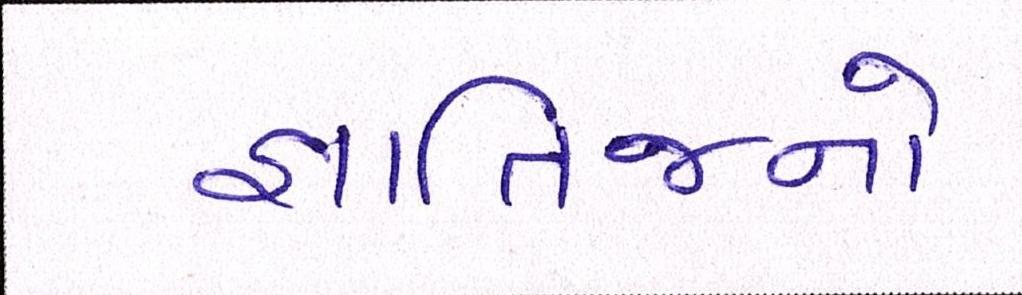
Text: જ્ઞાતિજનો